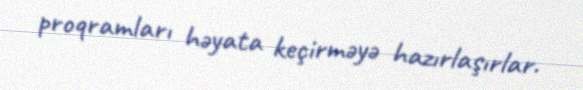
proqramları həyata keçirməyə hazırlaşırlar.